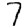
Digit: 7